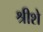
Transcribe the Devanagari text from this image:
श्रीशे